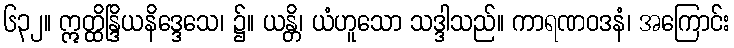
၆၃၂။ ဣတ္ထိန္ဒြိယနိဒ္ဒေသေ၊ ၌။ ယန္တိ၊ ယံဟူသော သဒ္ဒါသည်။ ကာရဏဝဒနံ၊ အကြောင်း